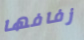
زفافها